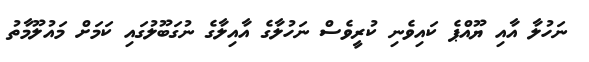
ނަހުލާ އާއި ޔޫއްޕެ ކައިވެނި ކުރީވެސް ނަހުލާގެ އާއިލާގެ ނުގަބޫލުގައި ކަމަށް މައުލޫމާތު